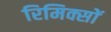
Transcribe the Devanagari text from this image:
रिमिक्सों